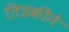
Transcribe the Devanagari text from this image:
तिडकीने